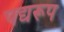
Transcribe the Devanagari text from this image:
पद्यरूप